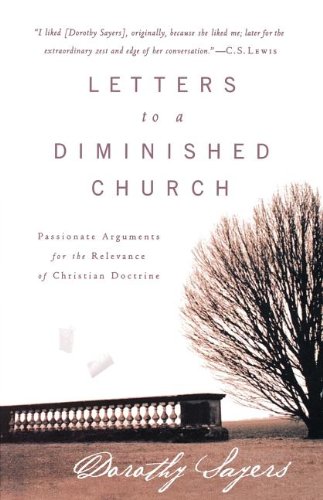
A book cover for Letters to a Diminished Church: Passionate Arguments for the Relevance of Christian Doctrine; Dorothy Sayers; Christian Books & Bibles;